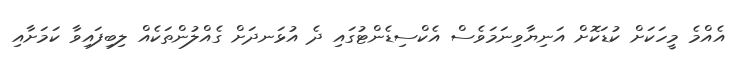
އެއްމެ މީހަކަށް ކުޑަކޮށް އަނިޔާވިނަމަވެސް އެކްސިޑެންޓުގައި ދެ އުޅަނދަށް ގެއްލުންތަކެއް ލިބިފައިވާ ކަަމަށާއި